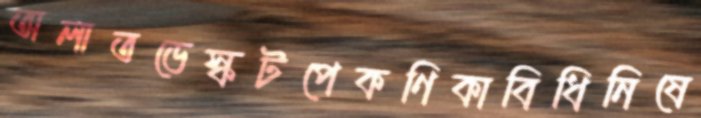
অলাতডেস্কটপেকণিকাবিধিনিষে